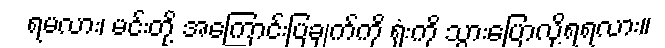
ရမလား၊ မင်းတို့ အကြောင်းပြချက်ကို ရုံးကို သွားပြောလို့ရရလား။